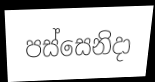
පස්සෙනිදා